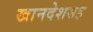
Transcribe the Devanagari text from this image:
खानदेशसह